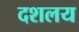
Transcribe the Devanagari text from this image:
दशलय